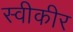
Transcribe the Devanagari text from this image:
स्वीकीर